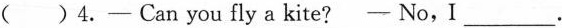
()4.- Can you fly a kite?- No,I___.